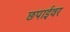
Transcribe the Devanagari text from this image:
छपाईवर